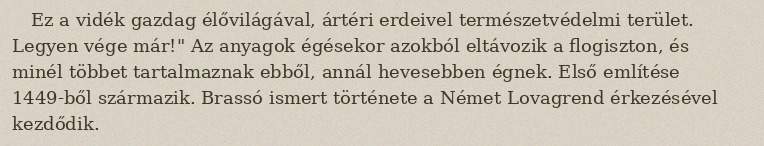
Ez a vidék gazdag élővilágával, ártéri erdeivel természetvédelmi terület. Legyen vége már!" Az anyagok égésekor azokból eltávozik a flogiszton, és minél többet tartalmaznak ebből, annál hevesebben égnek. Első említése 1449-ből származik. Brassó ismert története a Német Lovagrend érkezésével kezdődik.